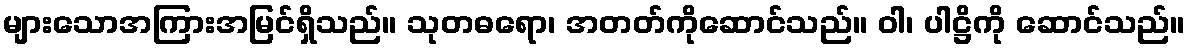
များသောအကြားအမြင်ရှိသည်။ သုတဓရော၊ အတတ်ကိုဆောင်သည်။ ဝါ၊ ပါဋ္ဌိကို ဆောင်သည်။